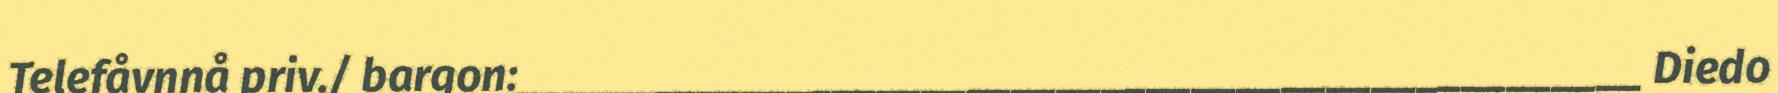
Telefåvnnå priv./ bargon:__________________________________________________ Diedo